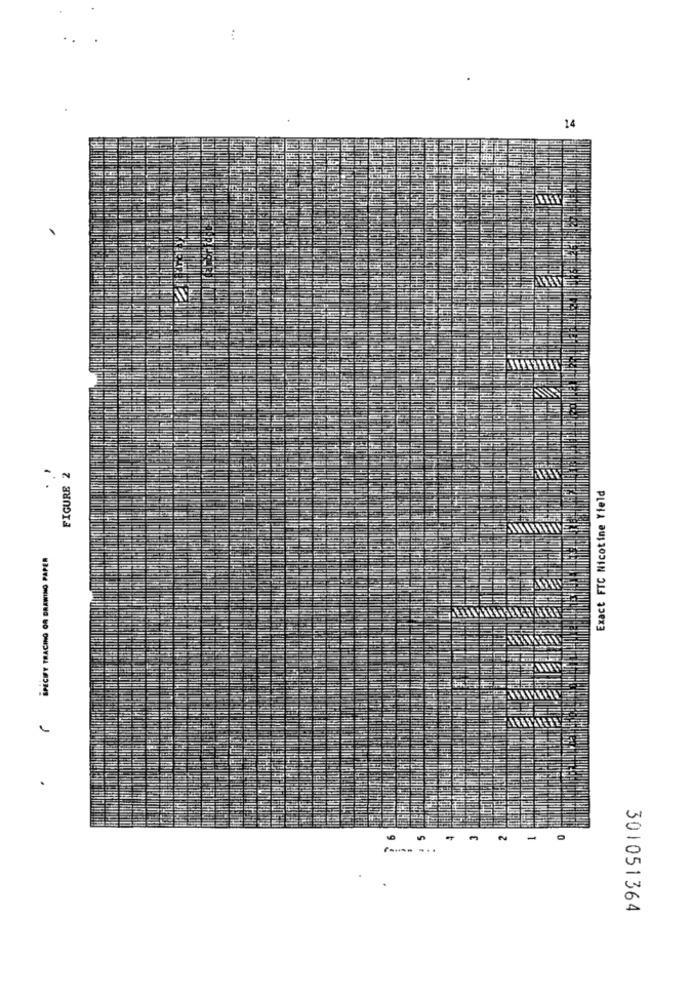
14
FIGURE 2
Exact FTC Nicotine Yield
AN
SPECIFY TRACING OR DRAWING PAPER
.
-
-
301051364